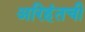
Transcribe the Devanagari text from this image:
अरिहंतची